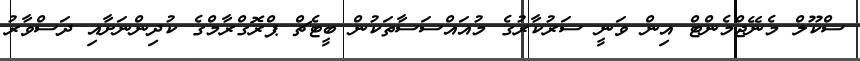
ސްކޫލް މެނޭޖްމެންޓް އިން ވަނީ ސަރުކާރުގެ މުއައްސަސާތަކުން ބީޓެޗް ޕްރޮގްރާމްގެ ކުދިންނަށާއި ދަސްވާރު